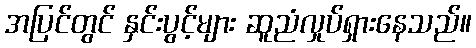
အပြင်တွင် နှင်းပွင့်များ ဆူညံလှုပ်ရှားနေသည်။